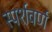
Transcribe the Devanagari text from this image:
स्पर्शवर्ण